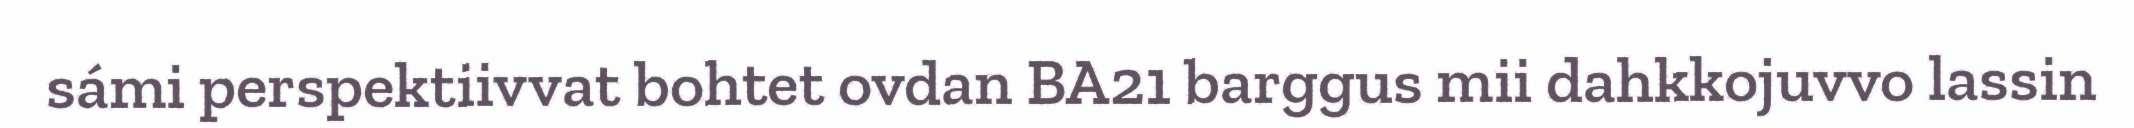
sámi perspektiivvat bohtet ovdan BA21 barggus mii dahkkojuvvo lassin